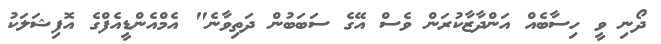
ދޯނި ވީ ހިސާބެއް އަންދާޒާކުރަން ވެސް އޭގެ ސަބަބުން ދަތިވާނެ" އެމްއެންޑީއެފްގެ އޮފިޝަލަކު